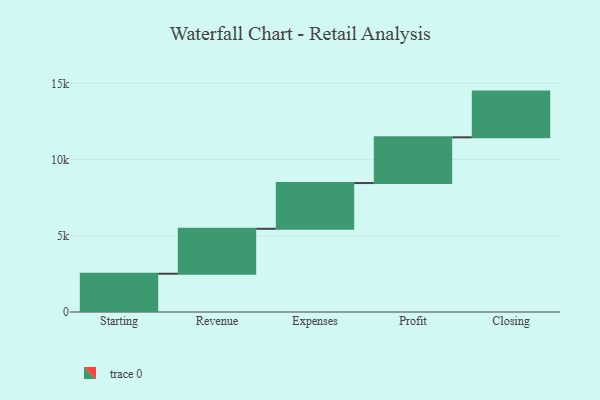
{"axis": {"x": "Step", "y": "Value"}, "legend": [""], "data": [{"x": "Starting", "y": 2510.0, "type": ""}, {"x": "Revenue", "y": 2948.0, "type": ""}, {"x": "Expenses", "y": 3000, "type": ""}, {"x": "Profit", "y": 3000, "type": ""}, {"x": "Closing", "y": 3000, "type": ""}]}